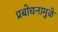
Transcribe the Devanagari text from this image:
प्रबोधनामुळे